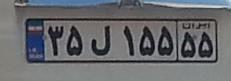
۳۵ل۱۵۵۵۵